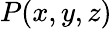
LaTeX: P(x,y,z)